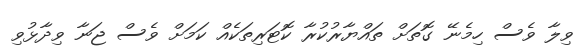
ވިލާ ވެސް ހިމެނޭ ގޮތަށް ތައްޔާރުކުރާ ކޮޓަރިތަކެއް ކަމަށް ވެސް ޖަނާ ވިދާޅުވި